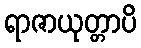
ရာဇာယုတ္တာပိ